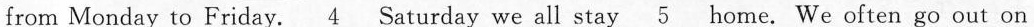
from Monday to Friday._ 4 Saturday we all stay_ 5 home. We often go out on